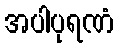
အပါပုရဏံ